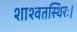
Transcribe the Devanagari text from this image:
शाश्वतस्थिरः।